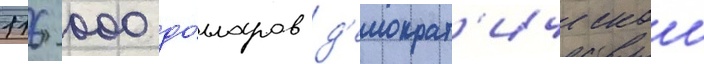
116 000 до́лларов д'емократ'ическои